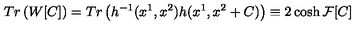
T r \left( W [ C ] \right) = T r \left( h ^ { - 1 } ( x ^ { 1 } , x ^ { 2 } ) h ( x ^ { 1 } , x ^ { 2 } + C ) \right) \equiv 2 \cosh { \mathcal { F } [ C ] }